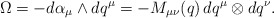
\begin{align*}\Omega = -d\alpha_\mu \wedge dq^\mu = -M_{\mu\nu}(q) \, dq^\mu \otimes dq^\nu.\end{align*}